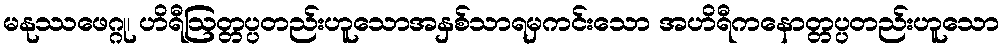
မနုဿဖေဂ္ဂု၊ ဟိရီဩတ္တပ္ပတည်းဟူသောအနှစ်သာရမှကင်းသော အဟိရီကနောတ္တပ္ပတည်းဟူသော